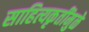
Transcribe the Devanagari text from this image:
साहित्यकृतींमुळे